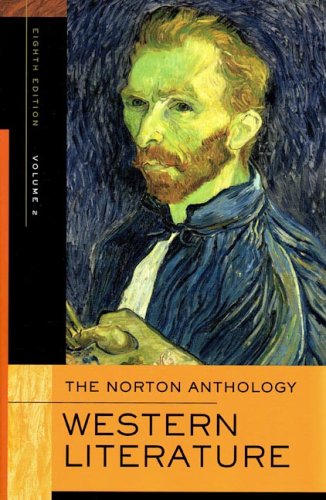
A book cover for The Norton Anthology of Western Literature, Volume 2; Literature & Fiction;